65_HS1-834228961_62-HQ-83894_Serial_130
Agency: FBI
Page 110
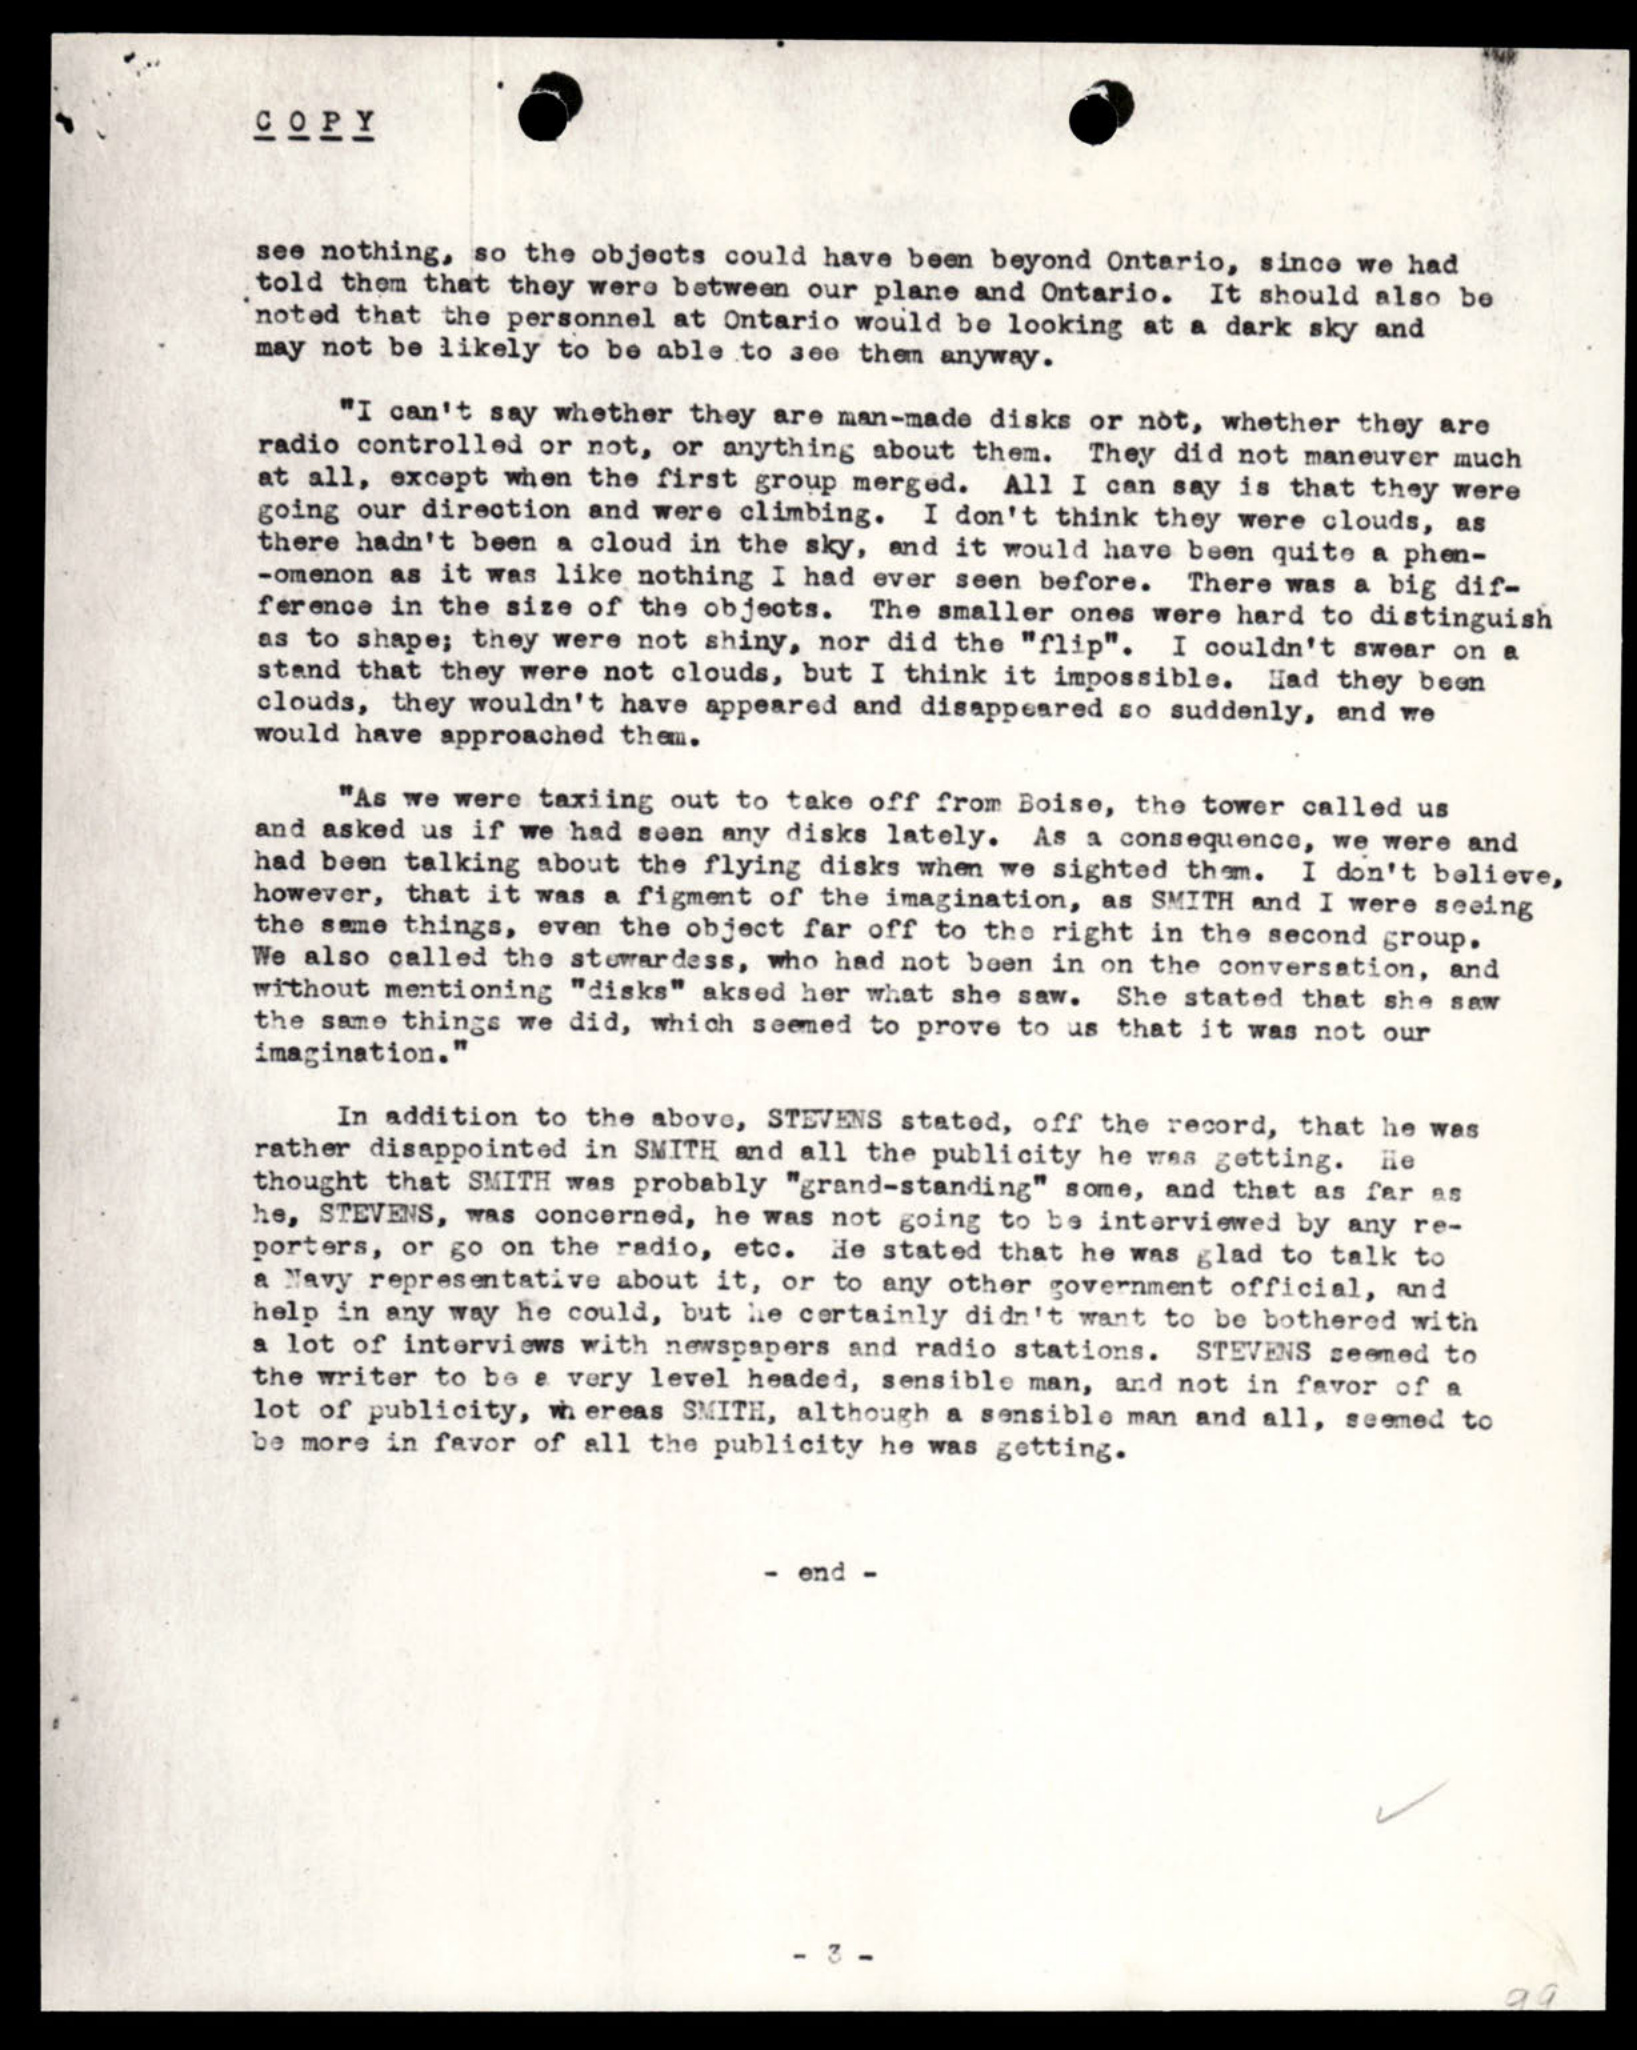